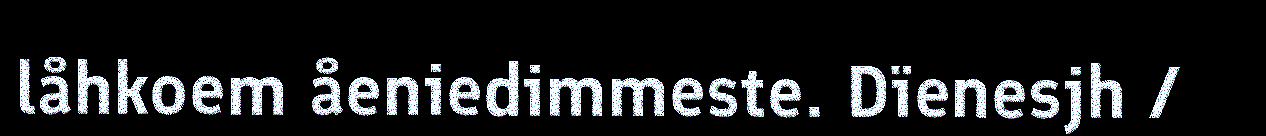
låhkoem åeniedimmeste. Dïenesjh /